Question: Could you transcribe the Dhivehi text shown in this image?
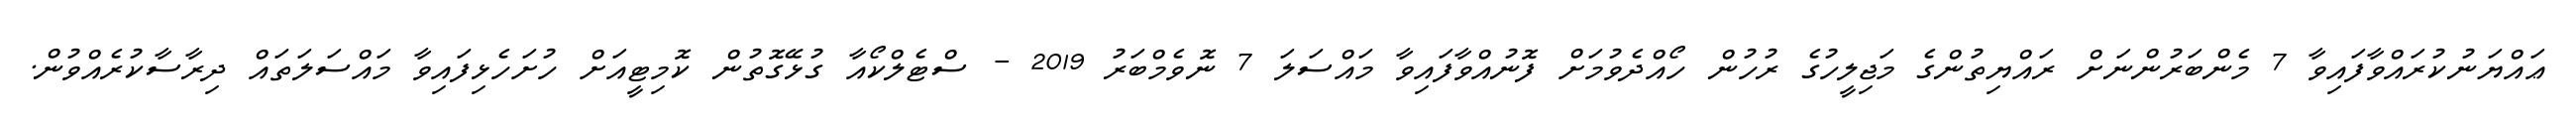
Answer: ޢައްޔަނުކުރައްވާފައިވާ 7 މެންބަރުންނަށް ރައްޔިތުންގެ މަޖިލީހުގެ ރުހުން ހޯއްދެވުމަށް ފޮނުއްވާފައިވާ މައްސަލަ 7 ނޮވެމްބަރު 2019 - ސްޓެލްކޯއާ ގުޅޭގޮތުން ކޮމިޓީއަށް ހުށަހެޅިފައިވާ މައްސަލަތައް ދިރާސާކުރެއްވުން.